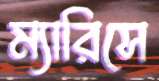
ম্যারিসে